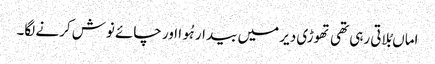
اماں بُلاتی رہی تھی تھوڑی دیر میں بیدار ہُوا اور چائے نوش کرنے لگا۔